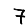
Digit: 7